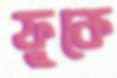
ফুকে